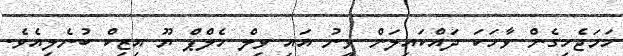
ހަމަޖެހިގެން ވާހަކަ ދައްކައިލަން ވީނު އައި ވިލް ހެލްޕް ޔޫ އިޒިކް ބުނެލިއެވެ.